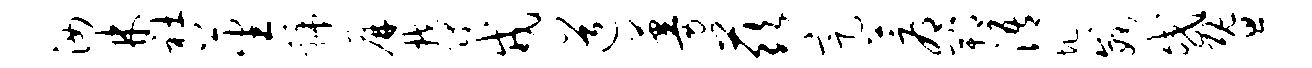
汝林社蕃虢屏郁戎道蔓兹定蓐郫浯圯威或暨